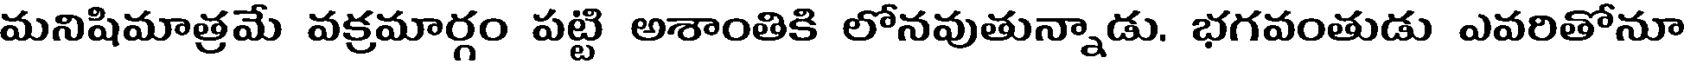
మనిషిమాత్రమే వక్రమార్గం పట్టి అశాంతికి లోనవుతున్నాడు. భగవంతుడు ఎవరితోనూ